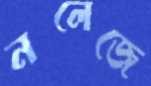
নলেজে